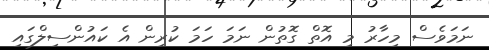
ނަމަވެސް މިހާރު މި އޮތް ގޮތުން ނަމަ ހަމަ ކުރިން އެ ކައުންސިލްގައި